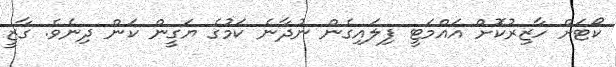
ކޯޓަށް ހާޒިރުކޮށް އައްމަޓީ ފިލައިގެން ނުދާނެ ކަމުގެ ޔަގީން ކަން ދިނެވެ. ގާޒީ